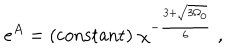
e ^ { A } = \mathrm { ( c o n s t a n t ) } \; \chi ^ { - \frac { 3 + \sqrt { 3 \Omega _ { 0 } } } { 6 } } \; ,